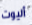
أليوت